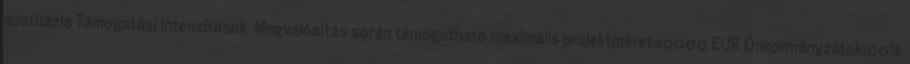
adatbázis Támogatási intenzitások ▪Megvalósítás során támogatható maximális projektméret20000 EUR▪Önkormányzatok100%